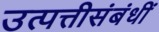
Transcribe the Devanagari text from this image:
उत्पत्तीसंबंधीं